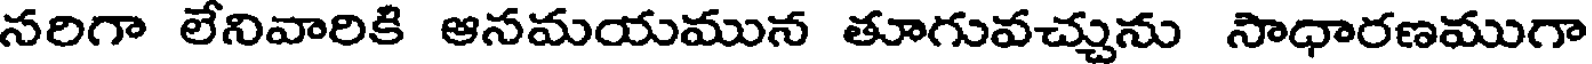
నరిగా లేనివారికి ఆనమయమున తూగువచ్చును సాధారణముగా